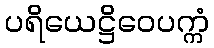
ပရိယေဋ္ဌိဝေပက္ကံ